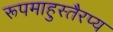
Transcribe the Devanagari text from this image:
रूपमाहुस्तैरप्य